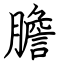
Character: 膽